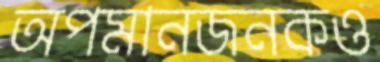
অপমানজনকও